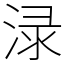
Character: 渌